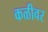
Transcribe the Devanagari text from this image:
कळीवर